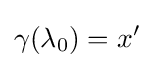
\gamma (\lambda _{0})=x'